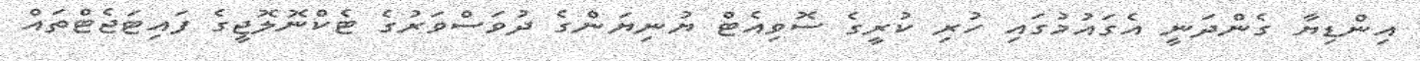
އިންޑިޔާ ގެންދަނީ އެގައުމުގައި ހުރި ކުރީގެ ސޮވިއެޓް ޔުނިޔަންގެ ދުވަސްވަރުގެ ޓެކްނޮލޮޖީގެ ފައިޓަޖެޓްތައް